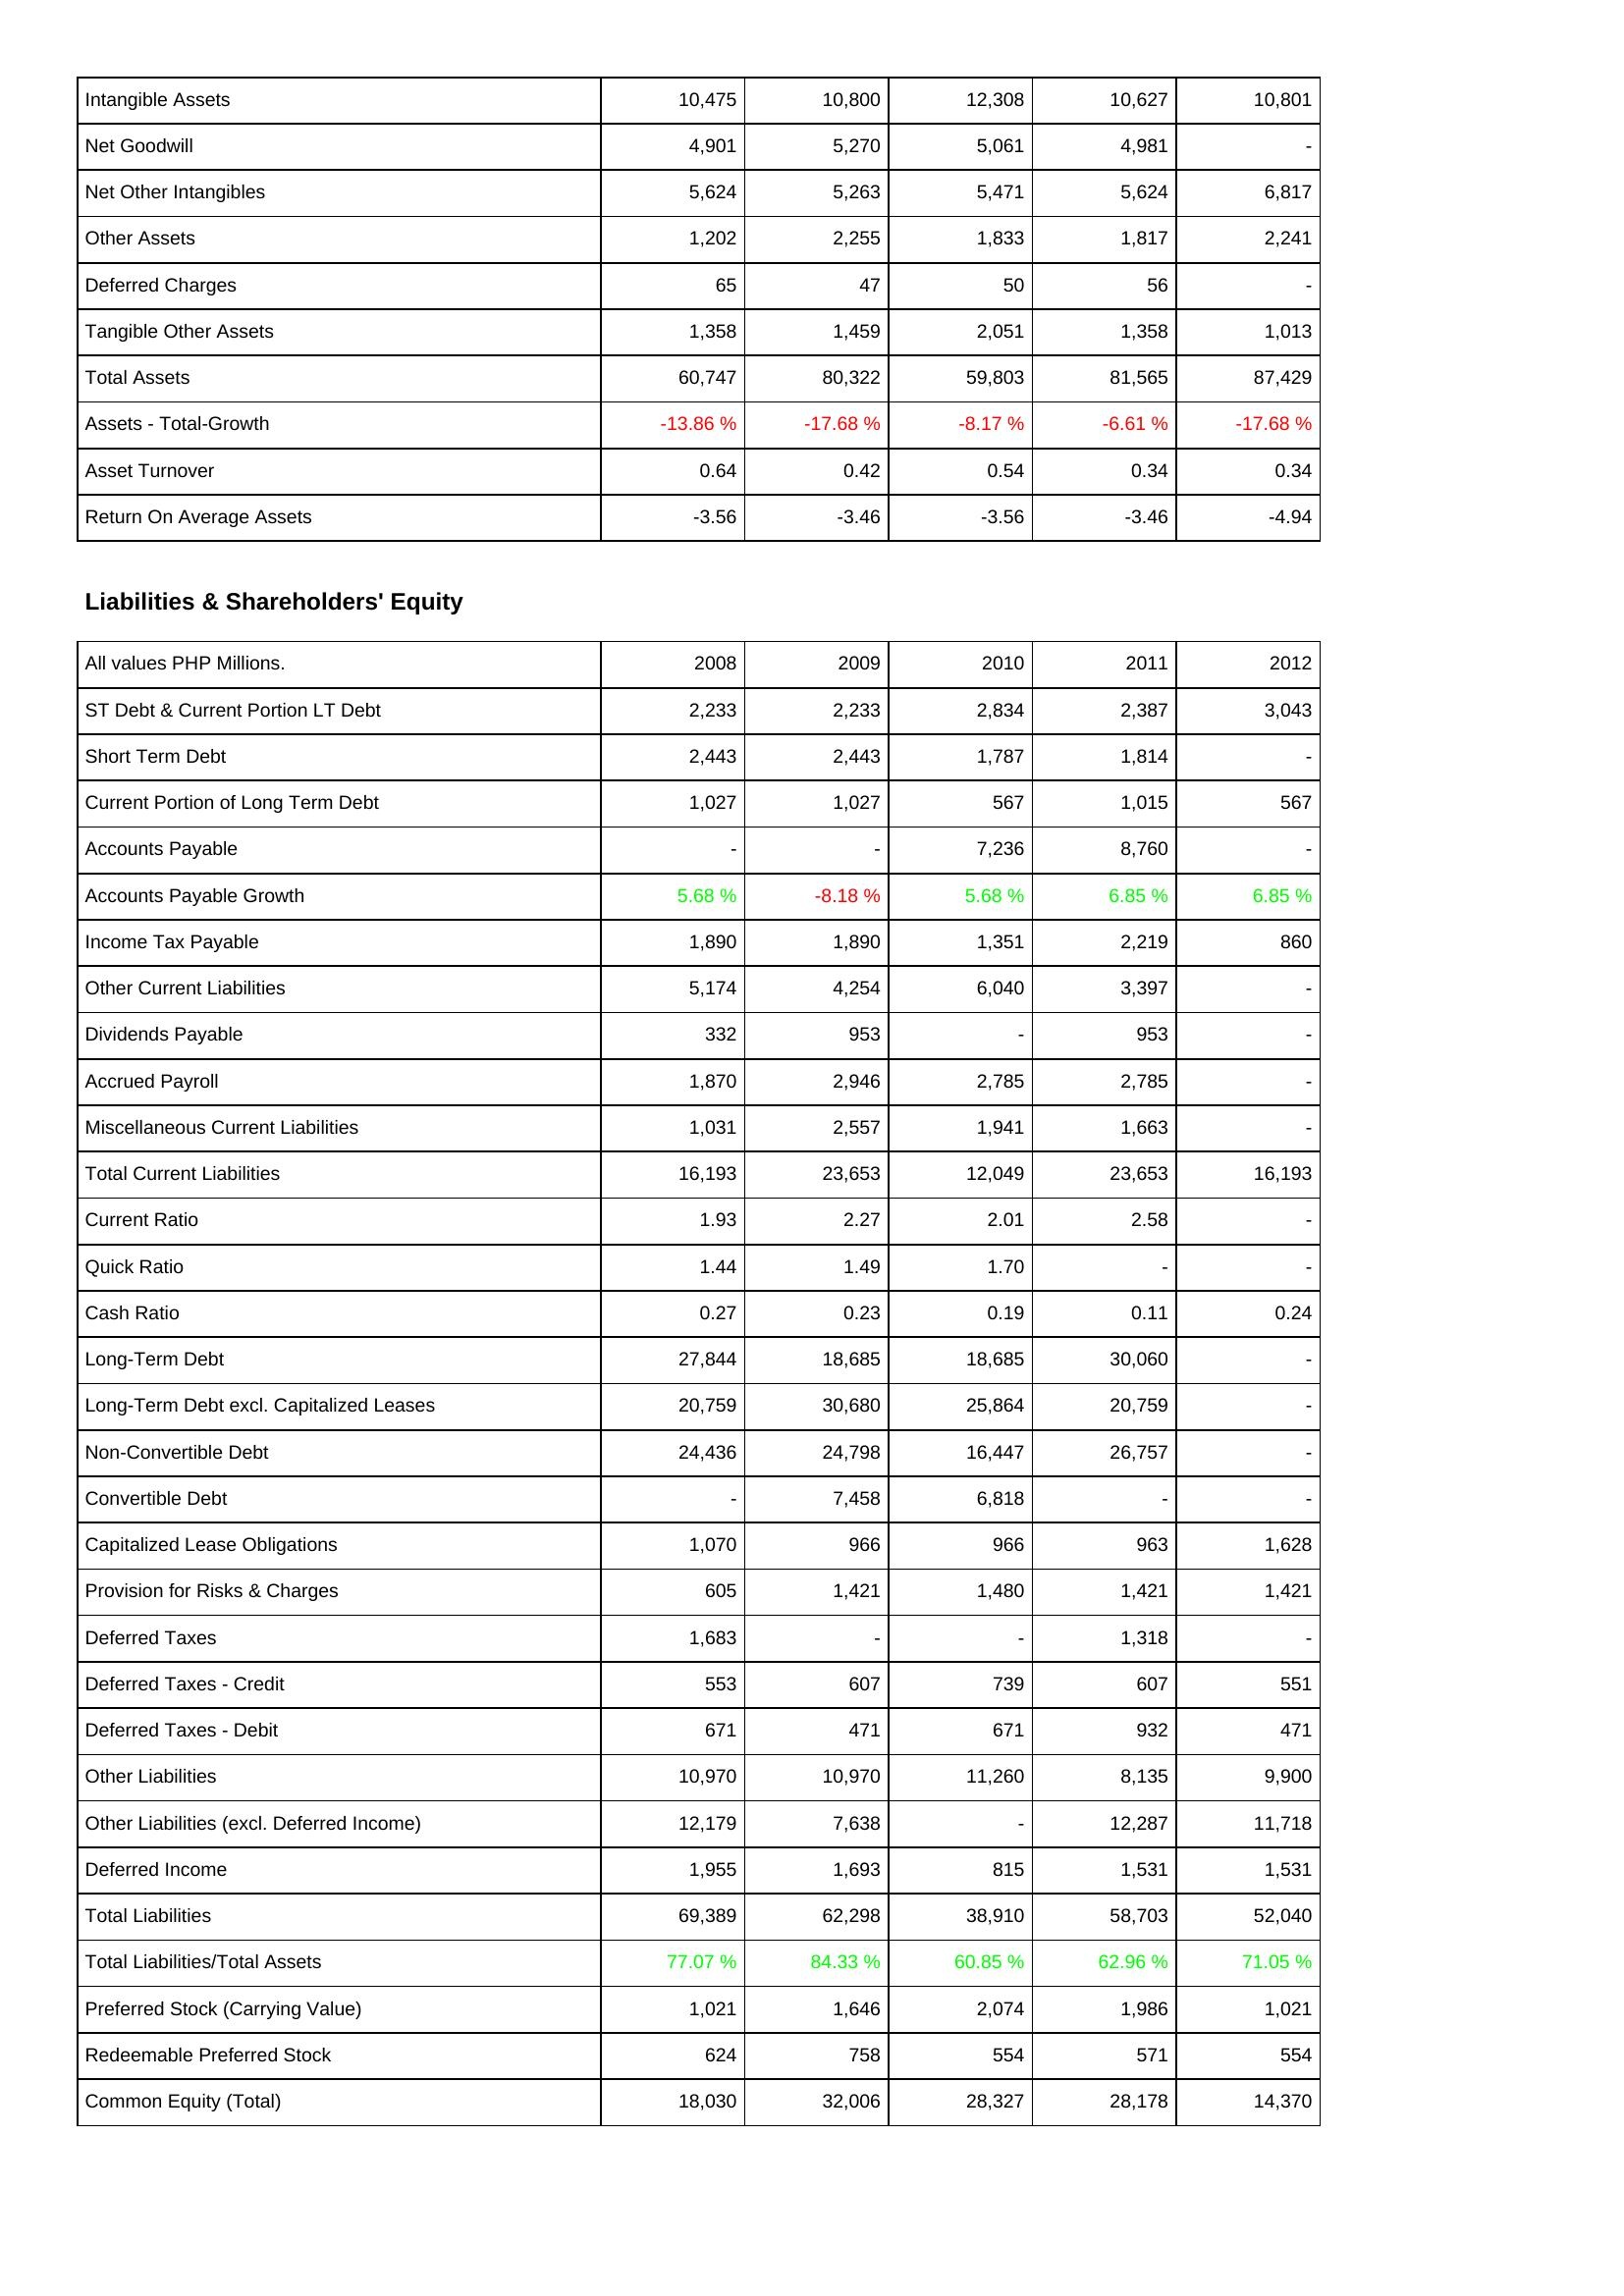
2008: Assets: Intangible Assets: 10,475
Net Goodwill: 4,901
Net Other Intangibles: 5,624
Other Assets: 1,202
Deferred Charges: 65
Tangible Other Assets: 1,358
Total Assets: 60,747
Assets - Total-Growth: -13.86 %
Asset Turnover: 0.64
Return On Average Assets: -3.56
Liabilities & Shareholders' Equity: ST Debt & Current Portion LT Debt: 2,233
Short Term Debt: 2,443
Current Portion of Long Term Debt: 1,027
Accounts Payable: -
Accounts Payable Growth: 5.68 %
Income Tax Payable: 1,890
Other Current Liabilities: 5,174
Dividends Payable: 332
Accrued Payroll: 1,870
Miscellaneous Current Liabilities: 1,031
Total Current Liabilities: 16,193
Current Ratio: 1.93
Quick Ratio: 1.44
Cash Ratio: 0.27
Long-Term Debt: 27,844
Long-Term Debt excl. Capitalized Leases: 20,759
Non-Convertible Debt: 24,436
Convertible Debt: -
Capitalized Lease Obligations: 1,070
Provision for Risks & Charges: 605
Deferred Taxes: 1,683
Deferred Taxes - Credit: 553
Deferred Taxes - Debit: 671
Other Liabilities: 10,970
Other Liabilities (excl. Deferred Income): 12,179
Deferred Income: 1,955
Total Liabilities: 69,389
Total Liabilities/Total Assets: 77.07 %
Preferred Stock (Carrying Value): 1,021
Redeemable Preferred Stock: 624
Common Equity (Total): 18,030
2009: Assets: Intangible Assets: 10,800
Net Goodwill: 5,270
Net Other Intangibles: 5,263
Other Assets: 2,255
Deferred Charges: 47
Tangible Other Assets: 1,459
Total Assets: 80,322
Assets - Total-Growth: -17.68 %
Asset Turnover: 0.42
Return On Average Assets: -3.46
Liabilities & Shareholders' Equity: ST Debt & Current Portion LT Debt: 2,233
Short Term Debt: 2,443
Current Portion of Long Term Debt: 1,027
Accounts Payable: -
Accounts Payable Growth: -8.18 %
Income Tax Payable: 1,890
Other Current Liabilities: 4,254
Dividends Payable: 953
Accrued Payroll: 2,946
Miscellaneous Current Liabilities: 2,557
Total Current Liabilities: 23,653
Current Ratio: 2.27
Quick Ratio: 1.49
Cash Ratio: 0.23
Long-Term Debt: 18,685
Long-Term Debt excl. Capitalized Leases: 30,680
Non-Convertible Debt: 24,798
Convertible Debt: 7,458
Capitalized Lease Obligations: 966
Provision for Risks & Charges: 1,421
Deferred Taxes: -
Deferred Taxes - Credit: 607
Deferred Taxes - Debit: 471
Other Liabilities: 10,970
Other Liabilities (excl. Deferred Income): 7,638
Deferred Income: 1,693
Total Liabilities: 62,298
Total Liabilities/Total Assets: 84.33 %
Preferred Stock (Carrying Value): 1,646
Redeemable Preferred Stock: 758
Common Equity (Total): 32,006
2010: Assets: Intangible Assets: 12,308
Net Goodwill: 5,061
Net Other Intangibles: 5,471
Other Assets: 1,833
Deferred Charges: 50
Tangible Other Assets: 2,051
Total Assets: 59,803
Assets - Total-Growth: -8.17 %
Asset Turnover: 0.54
Return On Average Assets: -3.56
Liabilities & Shareholders' Equity: ST Debt & Current Portion LT Debt: 2,834
Short Term Debt: 1,787
Current Portion of Long Term Debt: 567
Accounts Payable: 7,236
Accounts Payable Growth: 5.68 %
Income Tax Payable: 1,351
Other Current Liabilities: 6,040
Dividends Payable: -
Accrued Payroll: 2,785
Miscellaneous Current Liabilities: 1,941
Total Current Liabilities: 12,049
Current Ratio: 2.01
Quick Ratio: 1.70
Cash Ratio: 0.19
Long-Term Debt: 18,685
Long-Term Debt excl. Capitalized Leases: 25,864
Non-Convertible Debt: 16,447
Convertible Debt: 6,818
Capitalized Lease Obligations: 966
Provision for Risks & Charges: 1,480
Deferred Taxes: -
Deferred Taxes - Credit: 739
Deferred Taxes - Debit: 671
Other Liabilities: 11,260
Other Liabilities (excl. Deferred Income): -
Deferred Income: 815
Total Liabilities: 38,910
Total Liabilities/Total Assets: 60.85 %
Preferred Stock (Carrying Value): 2,074
Redeemable Preferred Stock: 554
Common Equity (Total): 28,327
2011: Assets: Intangible Assets: 10,627
Net Goodwill: 4,981
Net Other Intangibles: 5,624
Other Assets: 1,817
Deferred Charges: 56
Tangible Other Assets: 1,358
Total Assets: 81,565
Assets - Total-Growth: -6.61 %
Asset Turnover: 0.34
Return On Average Assets: -3.46
Liabilities & Shareholders' Equity: ST Debt & Current Portion LT Debt: 2,387
Short Term Debt: 1,814
Current Portion of Long Term Debt: 1,015
Accounts Payable: 8,760
Accounts Payable Growth: 6.85 %
Income Tax Payable: 2,219
Other Current Liabilities: 3,397
Dividends Payable: 953
Accrued Payroll: 2,785
Miscellaneous Current Liabilities: 1,663
Total Current Liabilities: 23,653
Current Ratio: 2.58
Quick Ratio: -
Cash Ratio: 0.11
Long-Term Debt: 30,060
Long-Term Debt excl. Capitalized Leases: 20,759
Non-Convertible Debt: 26,757
Convertible Debt: -
Capitalized Lease Obligations: 963
Provision for Risks & Charges: 1,421
Deferred Taxes: 1,318
Deferred Taxes - Credit: 607
Deferred Taxes - Debit: 932
Other Liabilities: 8,135
Other Liabilities (excl. Deferred Income): 12,287
Deferred Income: 1,531
Total Liabilities: 58,703
Total Liabilities/Total Assets: 62.96 %
Preferred Stock (Carrying Value): 1,986
Redeemable Preferred Stock: 571
Common Equity (Total): 28,178
2012: Assets: Intangible Assets: 10,801
Net Goodwill: -
Net Other Intangibles: 6,817
Other Assets: 2,241
Deferred Charges: -
Tangible Other Assets: 1,013
Total Assets: 87,429
Assets - Total-Growth: -17.68 %
Asset Turnover: 0.34
Return On Average Assets: -4.94
Liabilities & Shareholders' Equity: ST Debt & Current Portion LT Debt: 3,043
Short Term Debt: -
Current Portion of Long Term Debt: 567
Accounts Payable: -
Accounts Payable Growth: 6.85 %
Income Tax Payable: 860
Other Current Liabilities: -
Dividends Payable: -
Accrued Payroll: -
Miscellaneous Current Liabilities: -
Total Current Liabilities: 16,193
Current Ratio: -
Quick Ratio: -
Cash Ratio: 0.24
Long-Term Debt: -
Long-Term Debt excl. Capitalized Leases: -
Non-Convertible Debt: -
Convertible Debt: -
Capitalized Lease Obligations: 1,628
Provision for Risks & Charges: 1,421
Deferred Taxes: -
Deferred Taxes - Credit: 551
Deferred Taxes - Debit: 471
Other Liabilities: 9,900
Other Liabilities (excl. Deferred Income): 11,718
Deferred Income: 1,531
Total Liabilities: 52,040
Total Liabilities/Total Assets: 71.05 %
Preferred Stock (Carrying Value): 1,021
Redeemable Preferred Stock: 554
Common Equity (Total): 14,370